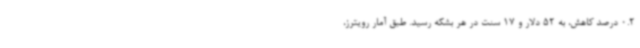
0.2 درصد کاهش، به 52 دلار و 17 سنت در هر بشکه رسید. طبق آمار رویترز،